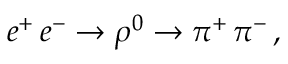
e ^ { + } \, e ^ { - } \rightarrow \rho ^ { 0 } \rightarrow \pi ^ { + } \, \pi ^ { - } \, ,